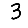
Digit: 3